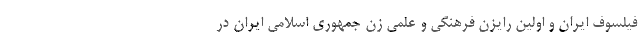
فیلسوف ایران و اولین رایزن فرهنگی و علمی زن جمهوری اسلامی ایران در